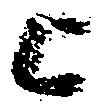
上